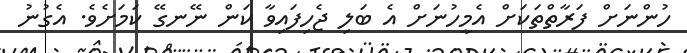
ހުންނަށް ފަރާތްތަކަށް އެމީހުނަށް އެ ބަލި ޖެހިފައިވާ ކަން ނޭނގޭ ކަމަށެވެ. އެގުނު